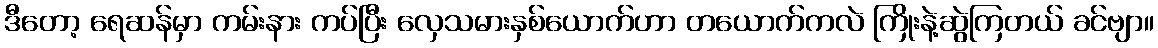
ဒီတော့ ရေဆန်မှာ ကမ်းနား ကပ်ပြီး လှေသမားနှစ်ယောက်ဟာ တယောက်ကလဲ ကြိုးနဲ့ဆွဲကြတယ် ခင်ဗျာ။